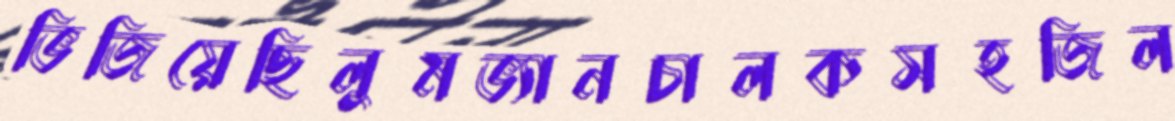
ভিজিয়েছিলুমভ্যানচালকসহজিল